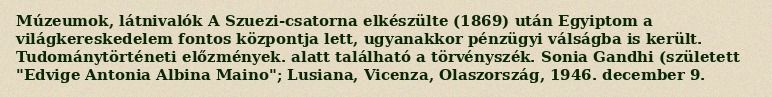
Múzeumok, látnivalók A Szuezi-csatorna elkészülte (1869) után Egyiptom a világkereskedelem fontos központja lett, ugyanakkor pénzügyi válságba is került. Tudománytörténeti előzmények. alatt található a törvényszék. Sonia Gandhi (született "Edvige Antonia Albina Maino"; Lusiana, Vicenza, Olaszország, 1946. december 9.